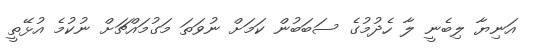
އަނިޔާ ލިބެނީ ލާ ހެދުމުގެ ސަބަބުން ކަމަށް ނުވަތަ މަގުމައްޗަށް ނުކުމެ އުޅޭތީ